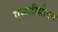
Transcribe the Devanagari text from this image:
एनसीसीएस